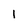
Character: 1